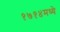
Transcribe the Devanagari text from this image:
१७१४मध्ये